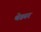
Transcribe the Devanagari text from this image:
थेड्मर